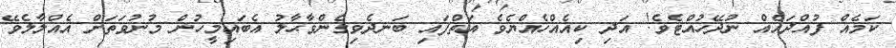
ކަމެއް ފުއްދައެއް ނުދޭހުއްޓެވެ! އަދި ކިއެއްހެއްޔެވެ އަތްފައި ބަނދެވިގެންވާޙާލު އެބައިމީހުން މުނުވަތަށް އެއްލާލެވޭ